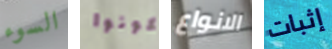
السوء تكونوا الانواع إثبات